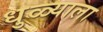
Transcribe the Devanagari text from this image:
धुळ्याला